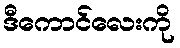
ဒီကောင်လေးကို